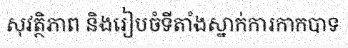
សុវត្ថិភាព និងរៀបចំទីតាំងស្នាក់ការកាកបាទ